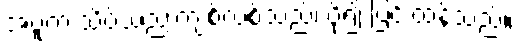
အပူက သိပ်သည်းကျစ်လစ်သည်၊ ပို၍ ပြင်းထန်သည်။